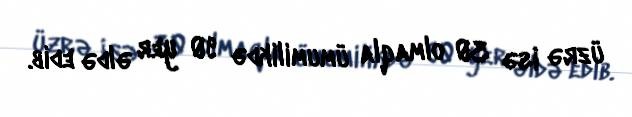
üzrə isə 30 olmaqla ümumilikdə 90 yer əldə edib.